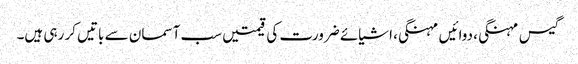
گیس مہنگی، دوائیں مہنگی، اشیائے ضرورت کی قیمتیں سب آسمان سے باتیں کر رہی ہیں۔